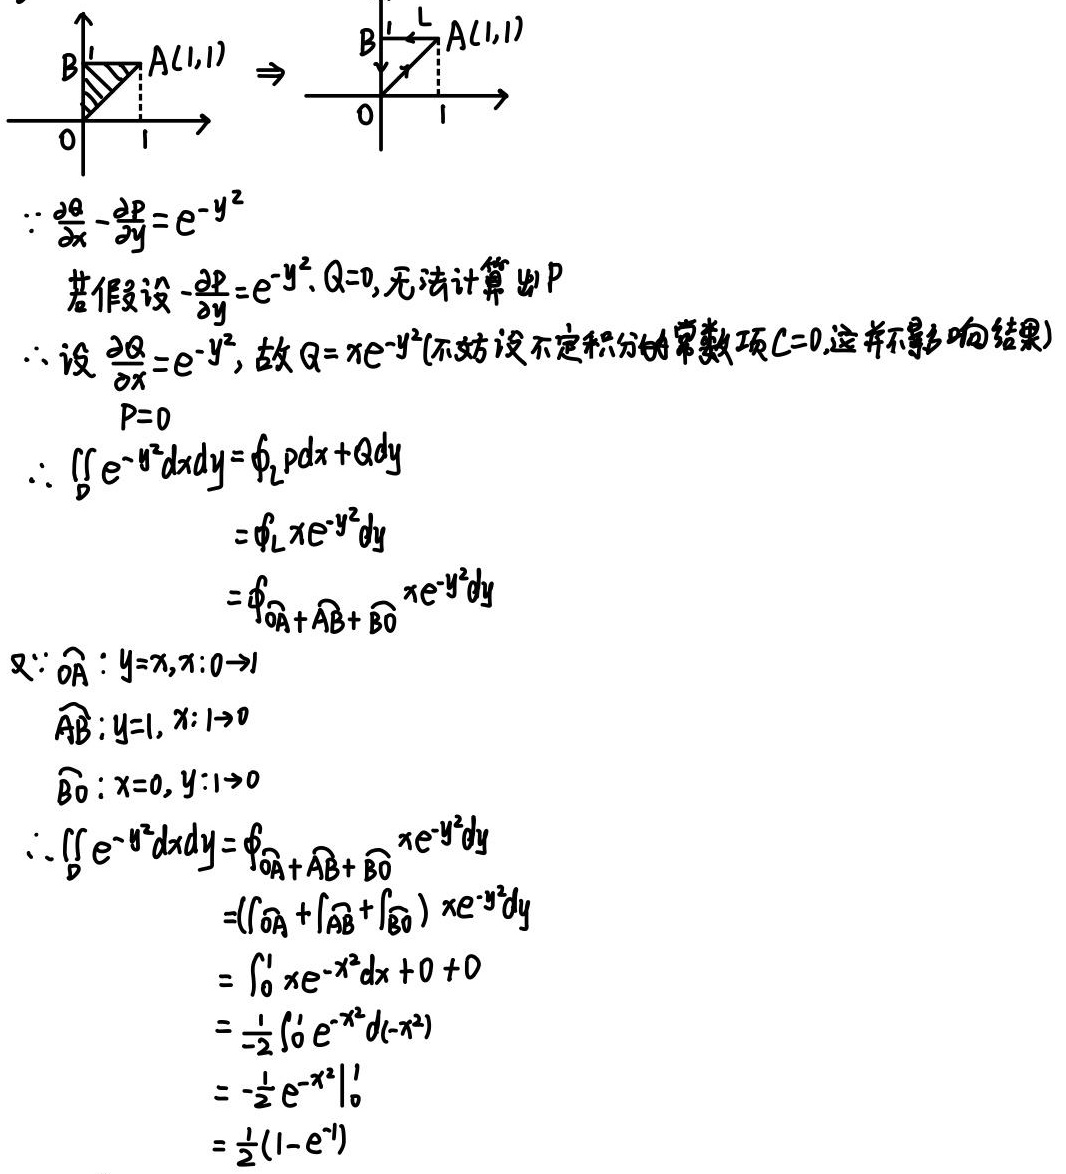
\[
\begin{align*}
&\because\frac{\partial Q}{\partial x}-\frac{\partial P}{\partial y}=e^{-y^{2}}\\
&\text{若假设}-\frac{\partial P}{\partial y}=e^{-y^{2}},Q = 0,\text{无法计算出}P\\
&\therefore\text{设}\frac{\partial Q}{\partial x}=e^{-y^{2}},\text{故}Q=xe^{-y^{2}}(\text{不妨设不定积分的常数项}C = 0,\text{这并不影响结果})\\
&P = 0\\
&\therefore\iint_{D}e^{-y^{2}}dxdy=\oint_{L}Pdx + Qdy\\
&=\oint_{L}xe^{-y^{2}}dy\\
&=\oint_{\widehat{OA}+\widehat{AB}+\widehat{BO}}xe^{-y^{2}}dy\\
&\text{又}\because\widehat{OA}:y = x,x:0\rightarrow1\\
&\widehat{AB}:y = 1,x:1\rightarrow0\\
&\widehat{BO}:x = 0,y:1\rightarrow0\\
&\therefore\iint_{D}e^{-y^{2}}dxdy=\oint_{\widehat{OA}+\widehat{AB}+\widehat{BO}}xe^{-y^{2}}dy\\
&=(\int_{\widehat{OA}}+\int_{\widehat{AB}}+\int_{\widehat{BO}})xe^{-y^{2}}dy\\
&=\int_{0}^{1}xe^{-x^{2}}dx+0 + 0\\
&=-\frac{1}{2}\int_{0}^{1}e^{-x^{2}}d(-x^{2})\\
&=-\frac{1}{2}e^{-x^{2}}\big|_{0}^{1}\\
&=\frac{1}{2}(1 - e^{-1})
\end{align*}
\]